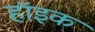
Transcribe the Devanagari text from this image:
हॉइक